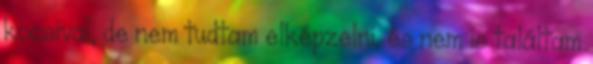
kocsival, de nem tudtam elképzelni, és nem is találtam